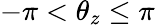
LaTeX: -\pi<\theta_{z}\leq\pi